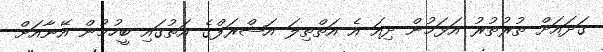
ގަދައަށް ތުރުތުރު އަޅަމުން ދިއަ އެ އަތްތިލަ އަޝްރަފްގެ އަތުގައި ބީހުމުން އޭނާއަށް